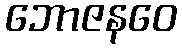
ဘောဇနဝေ